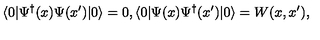
\langle 0 | \Psi ^ { \dagger } ( x ) \Psi ( x ^ { \prime } ) | 0 \rangle = 0 , \langle 0 | \Psi ( x ) \Psi ^ { \dagger } ( x ^ { \prime } ) | 0 \rangle = W ( x , x ^ { \prime } ) ,